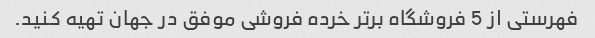
فهرستی از 5 فروشگاه برتر خرده فروشی موفق در جهان تهیه کنید.